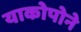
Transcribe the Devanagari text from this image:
याकोपोने